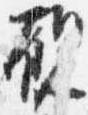
観